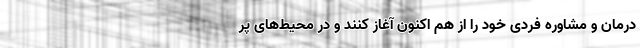
درمان و مشاوره فردی خود را از هم اکنون آغاز کنند و در محیط‌های پر